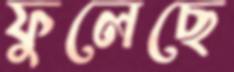
ফুলেছে